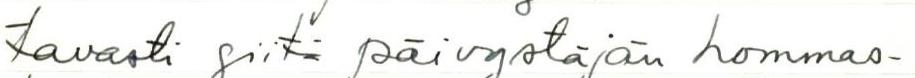
tavasti siitä päivystäjän hommas-